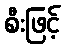
စီးဖြင့်